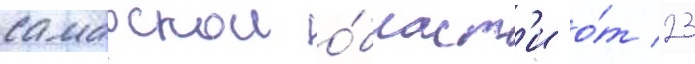
самарскои о́бласт'и о́т 23